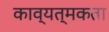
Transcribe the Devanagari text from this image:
काव्यत्मकता